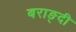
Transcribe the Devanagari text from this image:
बराङ्दी